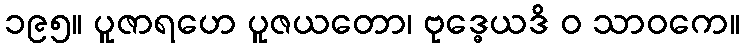
၁၉၅။ ပူဇာရဟေ ပူဇယတော၊ ဗုဒ္ဓေယဒိ ဝ သာဝကေ။